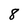
Character: 8